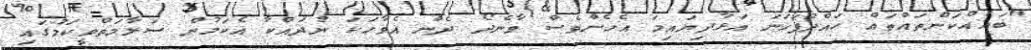
"ބައެއްކަންތައްތައް ހައްދުފަހަނަ އަޅާދިޔައިމަ އެހެންވެސް ވާނެދޯ ދެން އެވާހަކަ ނުދައްކާ އެކަމުން ސަލާމަތްވީކަމުގައި